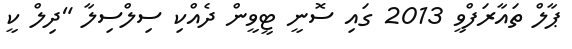
ޕާލް ތައާރަފްވީ 2013 ގައި ސޮނީ ޓީވީން ދެއްކި ސިލްސިލާ "ދިލް ކީ